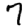
Digit: 7